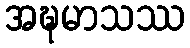
အဍ္ဎမာသဿ